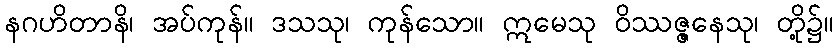
နဂဟိတာနိ၊ အပ်ကုန်။ ဒသသု၊ ကုန်သော။ ဣမေသု ဝိဿဇ္ဇနေသု၊ တို့၌။